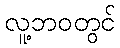
လူ့ဘဝတွင်